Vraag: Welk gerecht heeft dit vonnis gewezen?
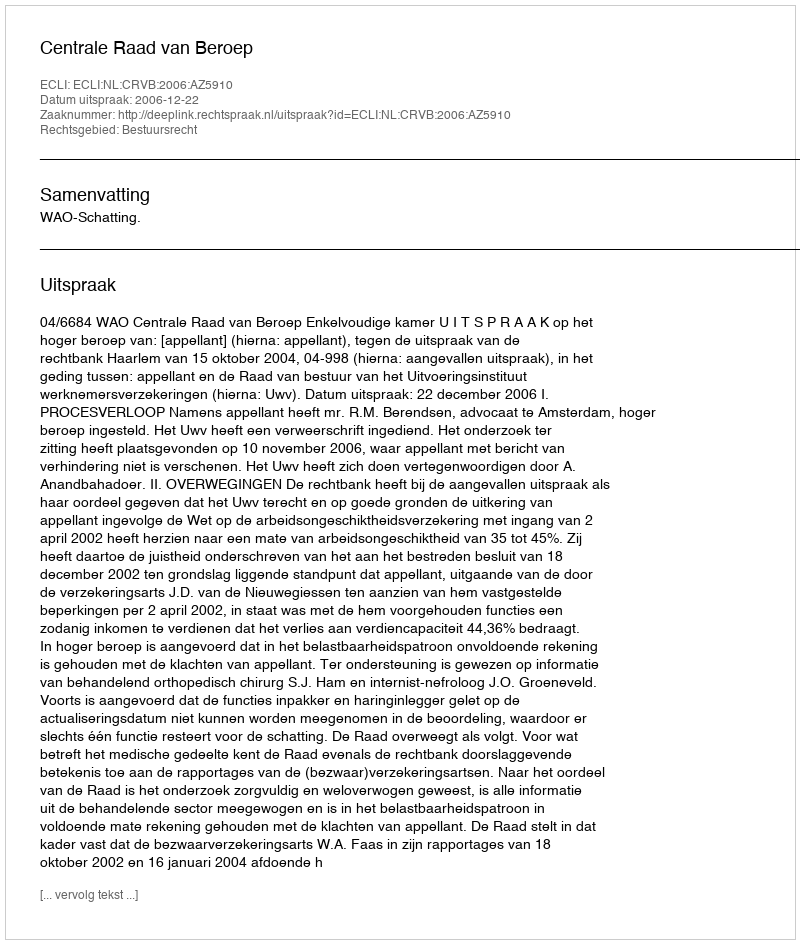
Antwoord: Centrale Raad van Beroep